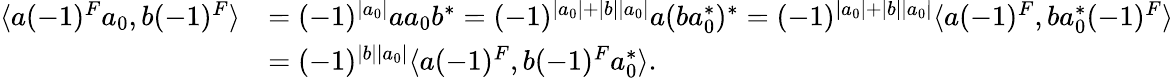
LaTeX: \begin{array}{rl}{\langle a(-1)^{F}a_{0},b(-1)^{F}\rangle}&{=(-1)^{|a_{0}|}aa_{0}b^{*}=(-1)^{|a_{0}|+|b||a_{0}|}a(ba_{0}^{*})^{*}=(-1)^{|a_{0}|+|b||a_{0}|}\langle a(-1)^{F},ba_{0}^{*}(-1)^{F}\rangle}\\ &{=(-1)^{|b||a_{0}|}\langle a(-1)^{F},b(-1)^{F}a_{0}^{*}\rangle.}\end{array}